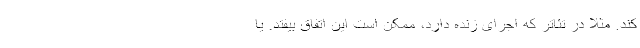
کند. مثلا در تئاتر که اجرای زنده دارد، ممکن است این اتفاق بیفتد. یا